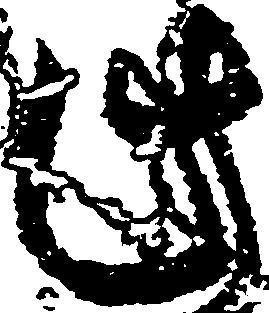
此